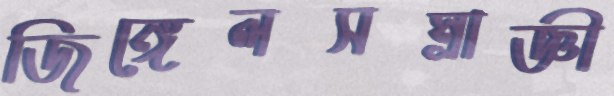
জিঙ্গেলসম্রাজ্ঞী